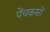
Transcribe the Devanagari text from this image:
पेंचकसों